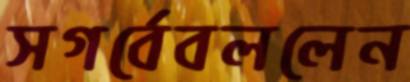
সগর্বেবললেন